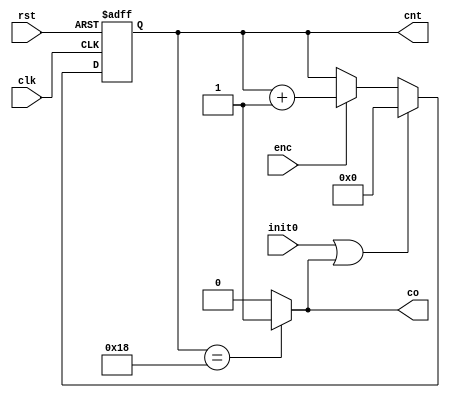
`timescale 1ns/1ns
module counter25 (clk, rst, init0, enc, cnt, co);
	
	parameter N = 5;
	input clk;
	input rst;
	input init0;
	input enc;
	output co;
	output reg [N-1:0] cnt;
	
	always @ (posedge clk, posedge rst) begin
		if (rst) 
			cnt <= 0;
		else
			if (init0 || co)
				cnt <= 0;
			else
				if (enc)
					cnt <= cnt + 1;
				else
					cnt <= cnt;
	end
	assign co = (cnt == 24) ? 1'b1 : 1'b0;
endmodule